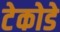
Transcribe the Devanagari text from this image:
टेकोडे